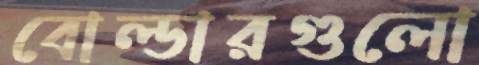
বোল্ডারগুলো